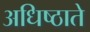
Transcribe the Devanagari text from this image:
अधिष्ठाते